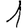
Digit: 1